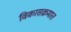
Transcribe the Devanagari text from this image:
विकासक्रमात